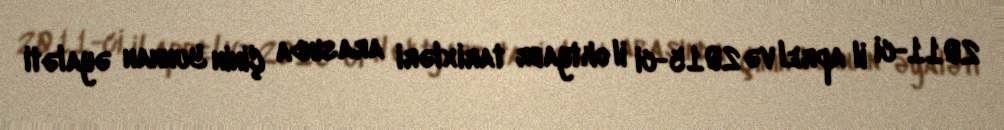
2011-ci il aprel və 2015-ci il oktyabr tarixləri arasında Çinin Yunnan əyaləti